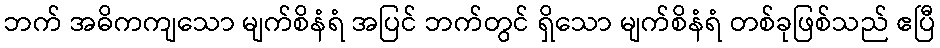
ဘက် အဓိကကျသော မျက်စိနံရံ အပြင် ဘက်တွင် ရှိသော မျက်စိနံရံ တစ်ခုဖြစ်သည် ဧပြီ